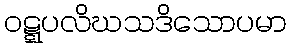
ဝဋ္ဋပလိဃသဒိသောပမာ